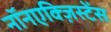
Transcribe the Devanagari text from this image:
नॉनएक्ज़िस्टेंस